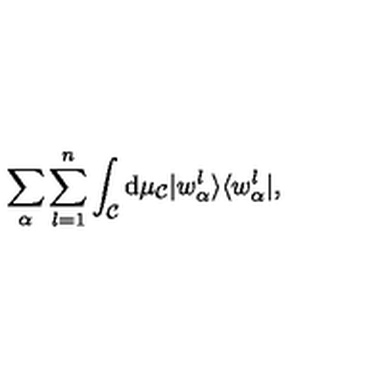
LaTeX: \sum _ { \alpha } \sum _ { l = 1 } ^ { n } \int _ { \cal C } \mathrm { d } \mu _ { \cal C } | w _ { \alpha } ^ { l } \rangle \langle w _ { \alpha } ^ { l } | ,